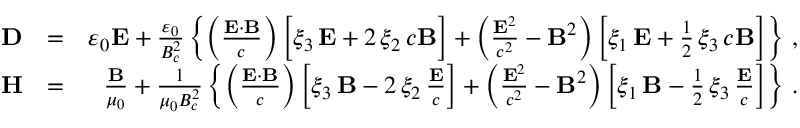
\begin{array} { r l r } { { \bf D } } & { = } & { \varepsilon _ { 0 } { \bf E } + \frac { \varepsilon _ { 0 } } { B _ { c } ^ { 2 } } \left\{ \left( \frac { { \bf E } \cdot { \bf B } } { c } \right) \bigg [ \xi _ { 3 } \, { \bf E } + 2 \, \xi _ { 2 } \, c { \bf B } \bigg ] + \left( \frac { { \bf E } ^ { 2 } } { c ^ { 2 } } - { \bf B } ^ { 2 } \right) \left[ \xi _ { 1 } \, { \bf E } + \frac { 1 } { 2 } \, \xi _ { 3 } \, c { \bf B } \right] \right\} \, , } \\ { { \bf H } } & { = } & { \frac { { \bf B } } { \mu _ { 0 } } + \frac { 1 } { \mu _ { 0 } B _ { c } ^ { 2 } } \left\{ \left( \frac { { \bf E } \cdot { \bf B } } { c } \right) \left[ \xi _ { 3 } \, { \bf B } - 2 \, \xi _ { 2 } \, \frac { { \bf E } } { c } \right] + \left( \frac { { \bf E } ^ { 2 } } { c ^ { 2 } } - { \bf B } ^ { 2 } \right) \left[ \xi _ { 1 } \, { \bf B } - \frac { 1 } { 2 } \, \xi _ { 3 } \, \frac { { \bf E } } { c } \right] \right\} \, . } \end{array}